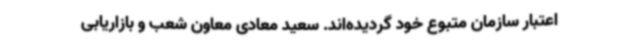
اعتبار سازمان متبوع خود گردیده‌اند. سعید معادی معاون شعب و بازاریابی